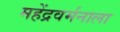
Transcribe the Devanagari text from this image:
महेंद्रवर्मनाला